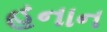
હનાન